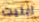
ابليت